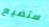
ستضيع